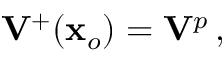
{ { \bf V } } ^ { + } ( { \bf x } _ { o } ) = { \bf V } ^ { p } \, ,